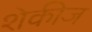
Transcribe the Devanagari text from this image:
शेकीज